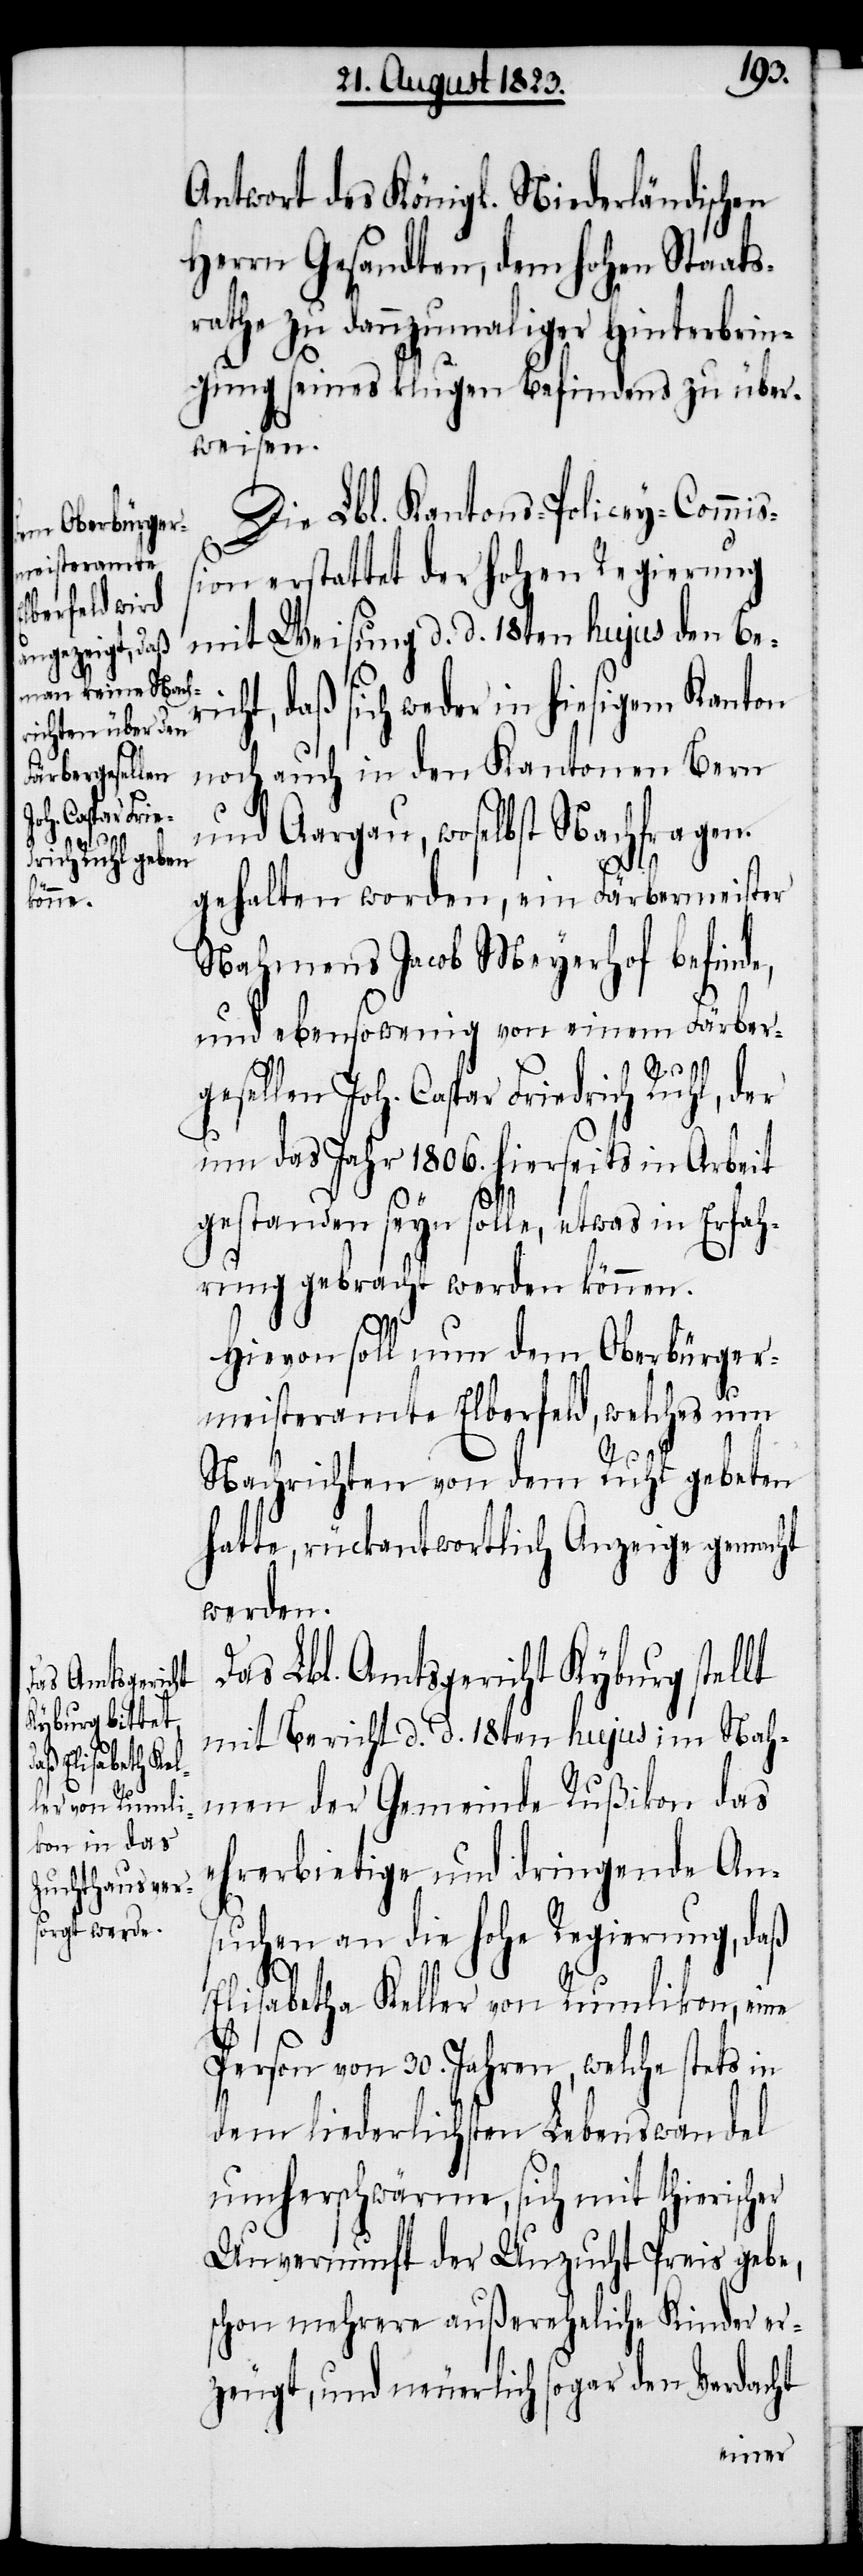
Antwort des Königl. Niederländischen
Herrn Gesandten, dem hohen Staats¬
rathe zu dannzumaliger Hinterbrin¬
gung seines klugen Befindens zu über¬
weisen.
Die Lbl. Kantons-Policey-Commi¬
ßion erstattet der hohen Regierung
mit Weisung d. d. 18ten hujus den Be¬
richt, daß sich weder in hiesigem Kanton
noch auch in den Kantonen Bern
und Aargau, woselbst Nachfragen
e¬
gehalten worden, ein Färbermeister
Nahmens Jacob Meyerhof befinde,
und ebensowenig von einem Färber¬
gesellen Joh. Caspar Friedrich Ruhl, der
um das Jahr 1806. hierseits in Arbeit
gestanden seyn solle, etwas in Erfah¬
rung gebracht werden können.
Hievon soll nun dem Oberbürger¬
meisteramte Elberfeld, welches um
Nachrichten von dem Ruhl gebeten
hatte, rückantwortlich Anzeige gemacht
werden.
Das Lbl. Amtsgericht Kyburg stellt
mit Bericht d. d. 18ten hujus im Nah¬
men der Gemeinde Rußikon das
hrerbietige und dringende An¬
suchen an die hohe Regierung, daß
Elisabetha Keller von Rumlikon, eine
Person von 30. Jahren, welche stets in
dem liederlichsten Lebenswandel
umherschwärme, sich mit thierischer
Unvernunft der Unzucht Preis gebe,
schon mehrere außereheliche Kinder er¬
zeugt, und neuerlich sogar den Verdacht